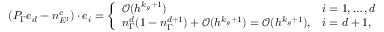
\begin{array} { r } { ( { P } _ { \Gamma } e _ { d } - n _ { E ^ { l } } ^ { e } ) \cdot e _ { i } = \left\{ \begin{array} { l l } { \mathcal { O } ( h ^ { k _ { g } + 1 } ) } & { i = 1 , \ldots , d } \\ { n _ { \Gamma } ^ { d } ( 1 - n _ { \Gamma } ^ { d + 1 } ) + \mathcal { O } ( h ^ { k _ { g } + 1 } ) = \mathcal { O } ( h ^ { k _ { g } + 1 } ) , } & { i = d + 1 , } \end{array} \right. } \end{array}